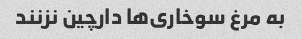
به مرغ سوخاری‌ها دارچین نزنند